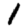
Digit: 1